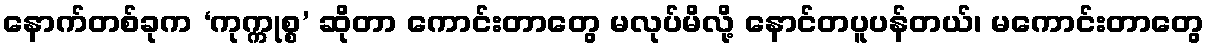
နောက်တစ်ခုက ‘ကုက္ကုစ္စ’ ဆိုတာ ကောင်းတာတွေ မလုပ်မိလို့ နောင်တပူပန်တယ်၊ မကောင်းတာတွေ